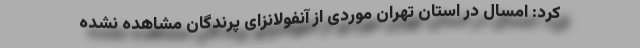
کرد: امسال در استان تهران موردی از آنفولانزای پرندگان مشاهده نشده